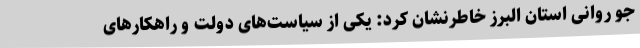
جو روانی استان البرز خاطرنشان کرد: یکی از سیاست‌های دولت و راهکارهای